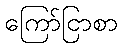
ကြော်ငြာစာ